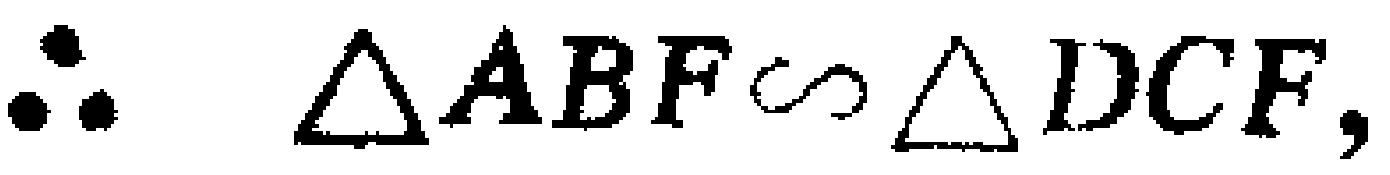
\(\therefore \triangle ABF\sim\triangle DCF,\)